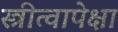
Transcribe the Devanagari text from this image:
स्त्रीत्वापेक्षा